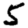
Digit: 5